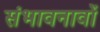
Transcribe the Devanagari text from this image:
संभावनावों